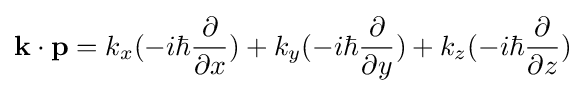
\mathbf {k} \cdot \mathbf {p} =k_{x}(-i\hbar {\frac {\partial }{\partial x}})+k_{y}(-i\hbar {\frac {\partial }{\partial y}})+k_{z}(-i\hbar {\frac {\partial }{\partial z}})